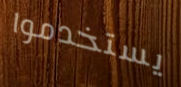
يستخدموا